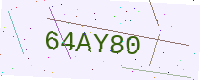
Text: 64AY80